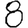
Digit: 8